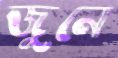
জুনে